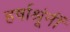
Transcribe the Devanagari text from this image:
हर्षाश्रूंनीं